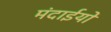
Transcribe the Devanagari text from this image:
मंदाईयों